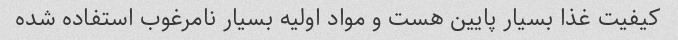
کیفیت غذا بسیار پایین هست و مواد اولیه بسیار نامرغوب استفاده شده